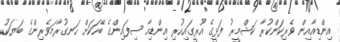
އިންޑިއާއިން ވެރިކަންކުރާ ކަޝްމީރު ފަޅީގެ އޫރީގައިހުރި އިންޑިއާ ސިފައިންގެ ބޭހަކަށް ހަނގުރާމަވެރިންގެ ބަޔަކު